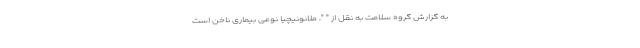
به گزارش گروه سلامت به نقل از " "، ملانونیچیا نوعی بیماری ناخن است